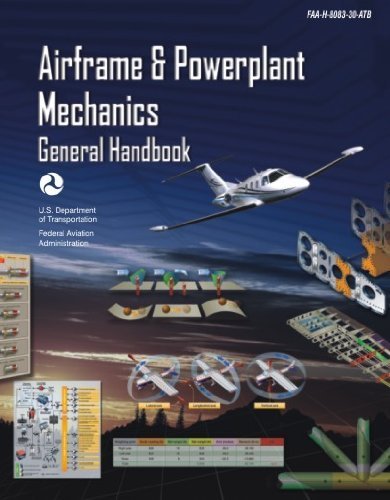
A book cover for Aviation Maintenance Technician - General FAA-H-8083-30-ATB (Aviation Maintenance Technician Handbook); Faa; Test Preparation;